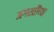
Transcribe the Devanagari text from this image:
अगस्तींच्या